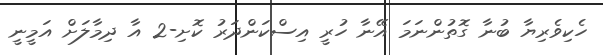
ހެކިވެރިޔާ ބުނާ ގޮތުންނަމަ އޭނާ ހުރީ އިސްކަންދަރު ކޮށި-2 އާ ދިމާލަށް އަމީނީ